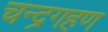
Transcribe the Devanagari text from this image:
चन्द्रगहण